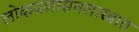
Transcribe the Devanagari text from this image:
लोकप्रशासनशास्त्रात